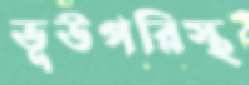
ভূউপরিস্থ